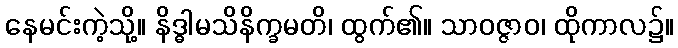
နေမင်းကဲ့သို့။ နိဒ္ဓါမသိနိက္ခမတိ၊ ထွက်၏။ သာဝဇ္ဇာဝ၊ ထိုကာလ၌။